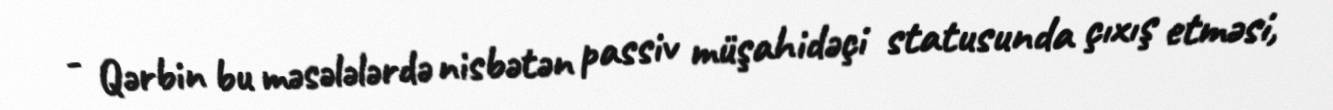
- Qərbin bu məsələlərdə nisbətən passiv müşahidəçi statusunda çıxış etməsi,